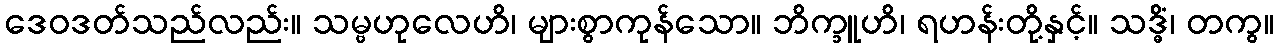
ဒေဝဒတ်သည်လည်း။ သမ္ဗဟုလေဟိ၊ များစွာကုန်သော။ ဘိက္ခူဟိ၊ ရဟန်းတို့နှင့်။ သဒ္ဓိံ၊ တကွ။